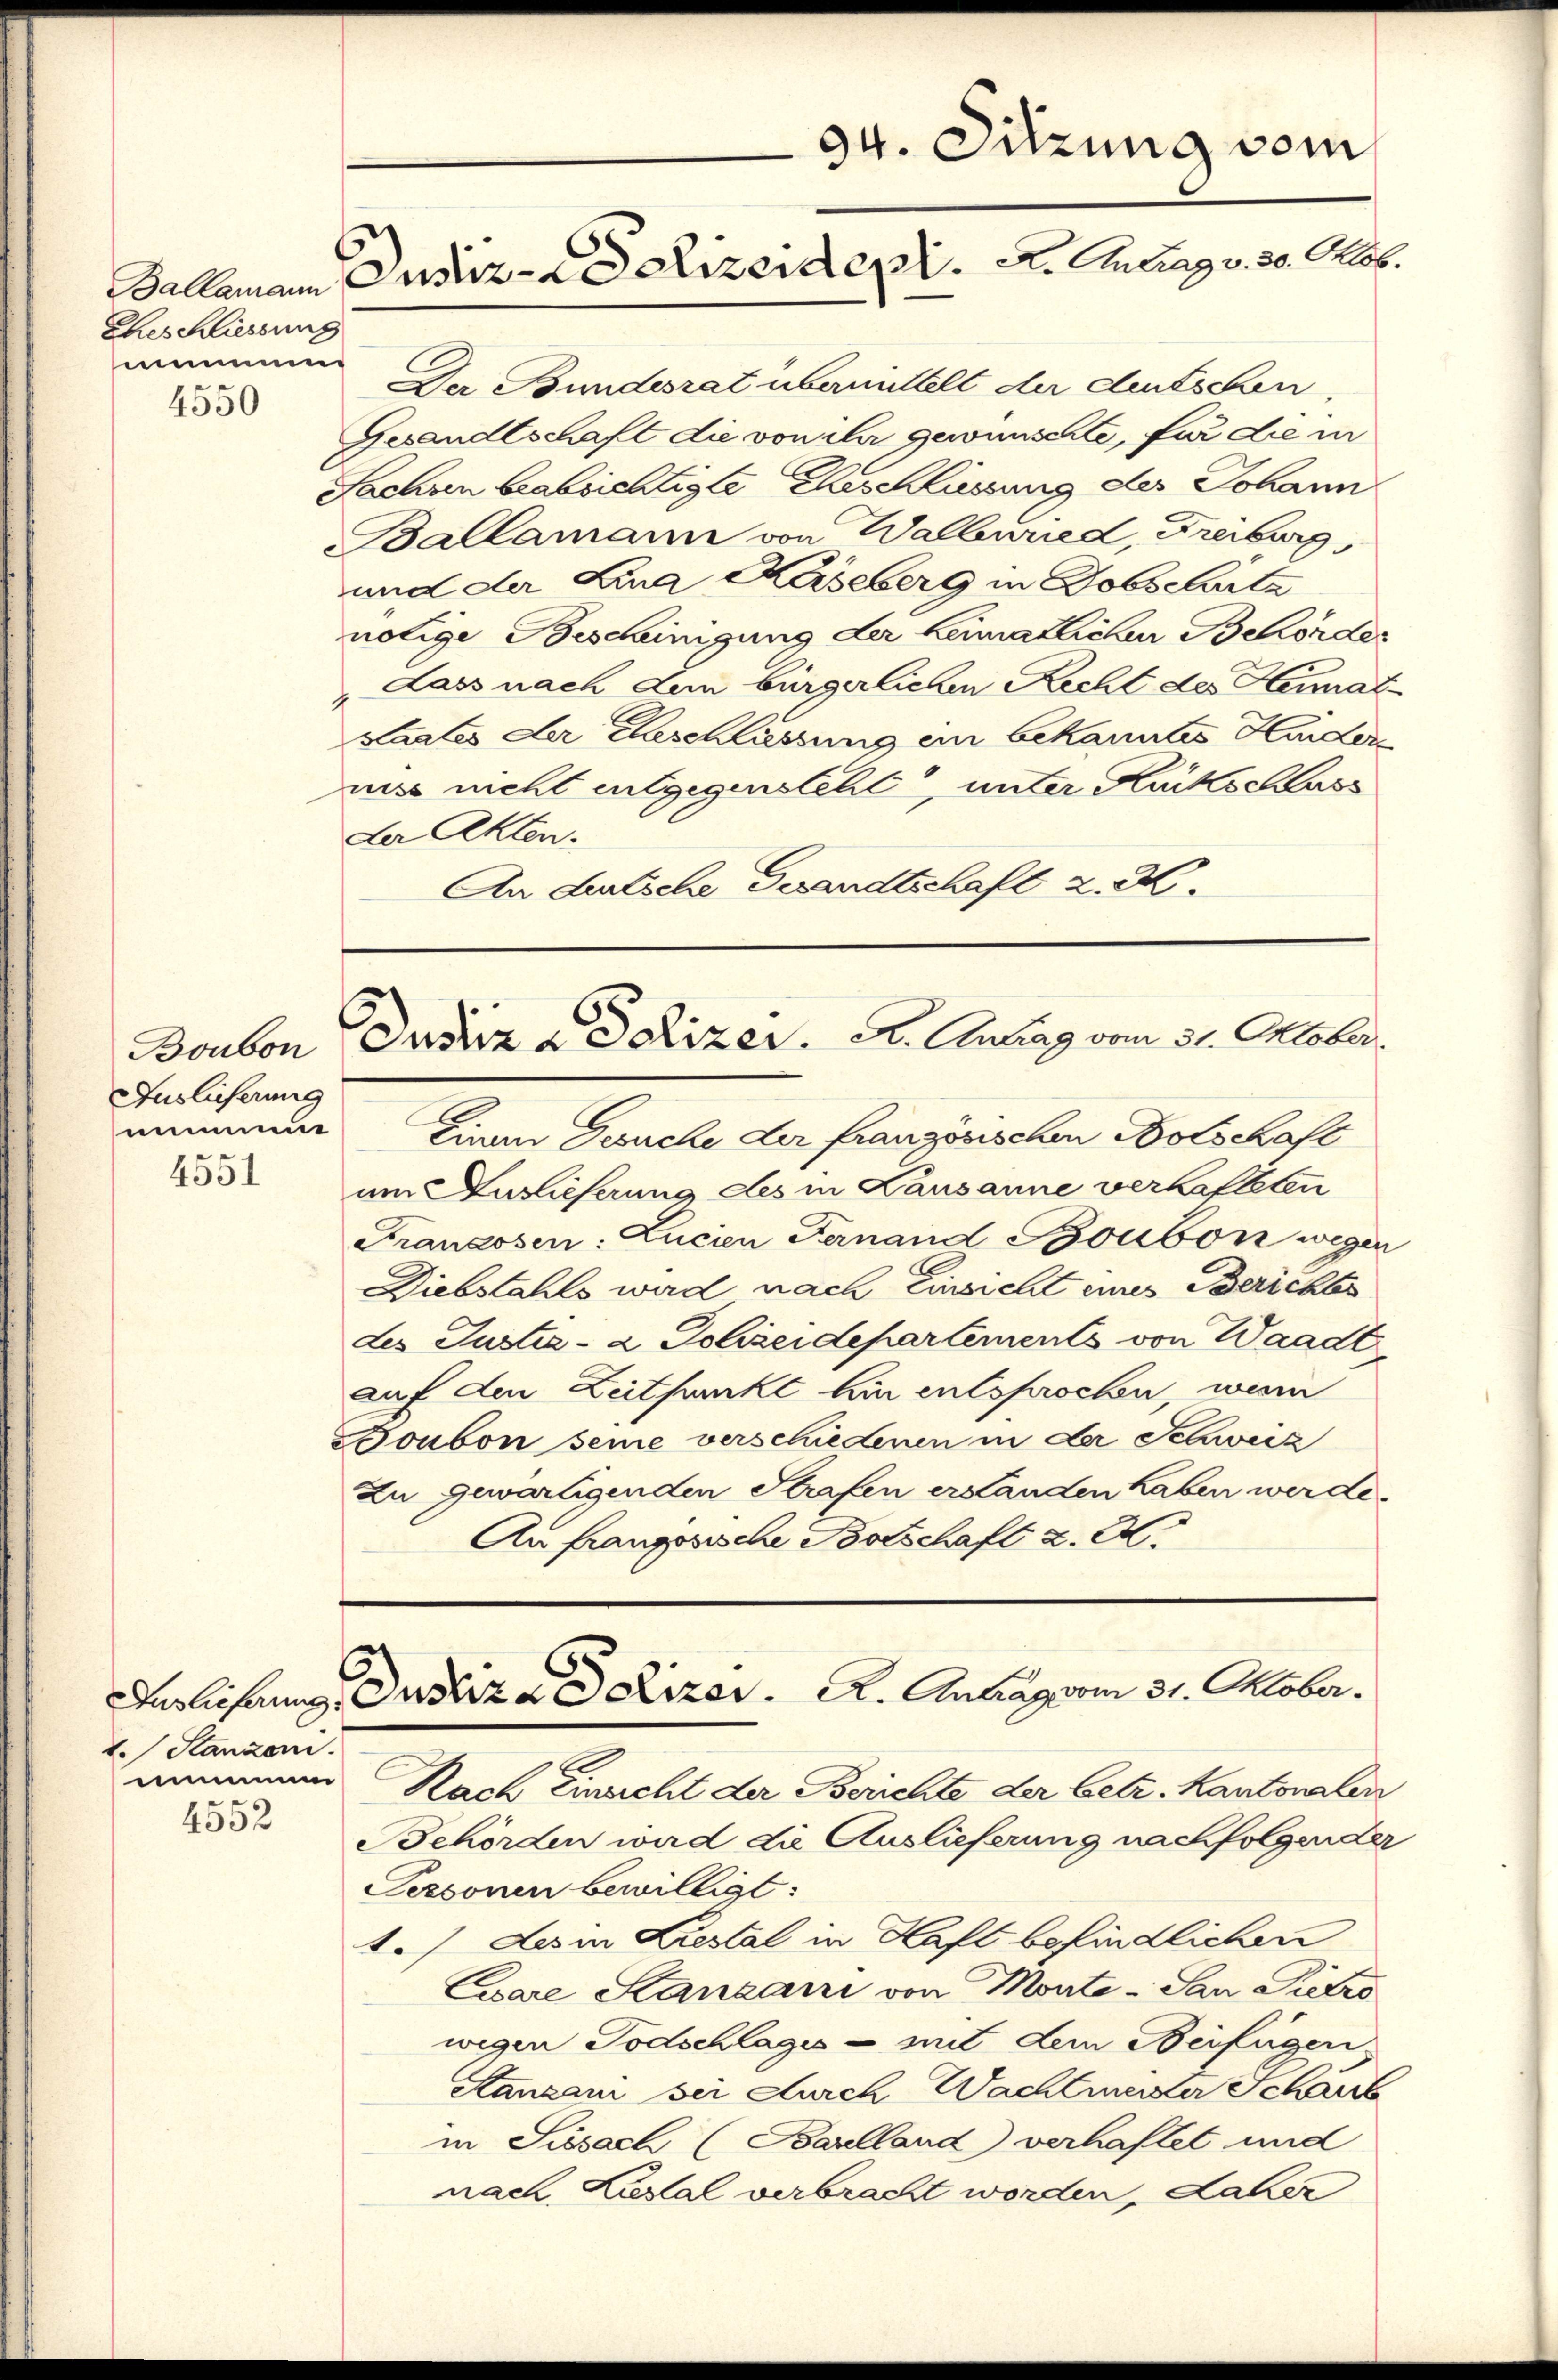
Eheschliessung
smund

4550

Der Bundesrat übermittelt der deutschen,
Gesandtschaft die von ihr gewünschte, für die in
Sachsen beabsichtigte Eheschliessung des Johann
Ballamann von Wallenried, Freiburg,
und der Lina Kaseberg in Dobschaite
nötige Bescheinigung der keimatlichen Behörder
Lass nach dem bürgerlichen Recht des Heimat-
staates der Beschlüssung ein Bekanntes Haider
niss nicht entgegensteht, unter Rückschlass
der Akten.
An Lurtsche Gesandtschaft z. R.

Auslieferung
numme

4551

1. Stanzen.
m

4552

94. Sitzung vom
Dallemann Dustiz - da eizerden. A. Antrag v. 30. Alb.

Boubon Dustiz & Polizer. A. Antrag vom 31. Oktober.

Einau Gesuche der französischen Botschaft
am Auslieferung des in Kausanne verhafteten
Franzosen: Lucien Fernand Bonbon wegen
Diebstahls wird nach Einsicht eines Berichtes
des Justiz- & Polizeidepartements von Waadt
auf den Zeitpunkt hin entsprochen, weni
Boubon seine verschiedenen in der Schweiz
Zu gewärtigenden Strafen erstanden haben werde.
An französische Botschaft z. E.

Dnslichen Justiza Polizer. A. Antrag vom 31. Oktober.

Nach Einsicht der Berichte der betr. Kantonalen
Behörden wird die Auslieferung nachfolgender
Personen bewilligt:
1./ des in Liestal in Haft befindlichen
Euare Stanzani von Monte - San Pietro
wegen Todschlages - mit dem Beifügen
Stanzari sei durch Wachtmeister Schaut
in Sissach (Barlland) verhaftet und
nach Lustal verbracht worden, Laher